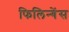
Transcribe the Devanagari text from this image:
फिलिन्गेंस